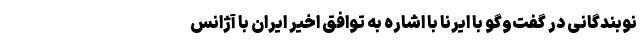
نوبندگانی در گفت‌وگو با ایرنا با اشاره به توافق اخیر ایران با آژانس